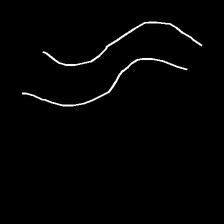
Glyph: float